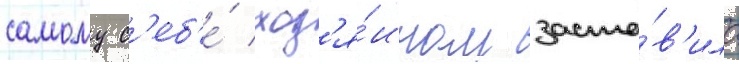
самому с'еб'е́ хоз'я́ином заста́в'ило